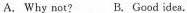
A. Why not? B. Good idea.